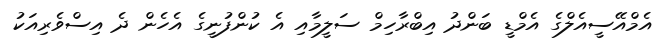
އެމްއޭސީއެލްގެ އެމްޑީ ބަންދު އިބްރާހިމް ސަލީމާއި އެ ކުންފުނީގެ އެހެން ދެ އިސްވެރިއަކު